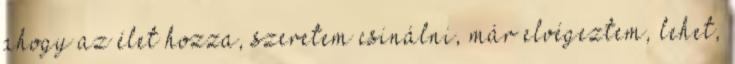
ahogy az élet hozza, szeretem csinálni, már elvégeztem, lehet,